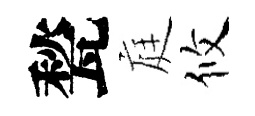
甃庭攸